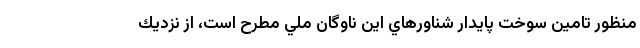
منظور تامين سوخت پايدار شناورهاي اين ناوگان ملي مطرح است، از نزديك